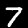
Label: 7